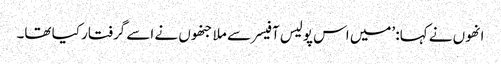
انھوں نے کہا: ’میں اس پولیس آفیسر سے ملا جنھوں نے اسے گرفتار کیا تھا۔